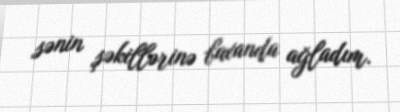
sənin şəkillərinə baxanda ağladım.